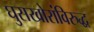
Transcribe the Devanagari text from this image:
घुसखोरांविरुद्ध